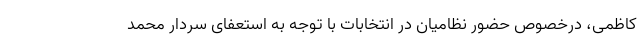
کاظمی، درخصوص حضور نظامیان در انتخابات با توجه به استعفای سردار محمد